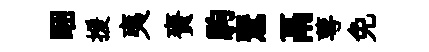
睏援夷賚駒鸎鬲萼免